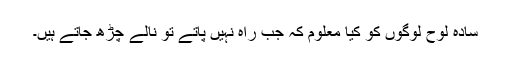
سادہ لوح لوگوں کو کیا معلوم کہ جب راہ نہیں پاتے تو نالے چڑھ جاتے ہیں۔